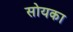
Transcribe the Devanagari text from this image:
सोयका